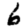
Digit: 6